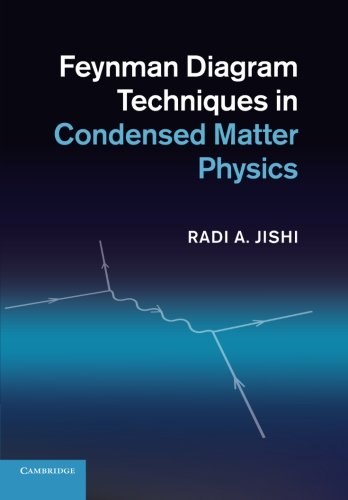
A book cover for Feynman Diagram Techniques in Condensed Matter Physics; Radi A. Jishi; Science & Math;